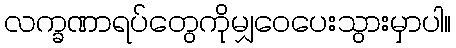
လက္ခဏာရပ်တွေကိုမျှဝေပေးသွားမှာပါ။